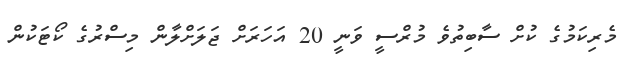
މެރިކަމުގެ ކުށް ސާބިތުވެ މުރްސީ ވަނީ 20 އަހަރަށް ޖަލަށްލާން މިސްރުގެ ކޯޓަކުން